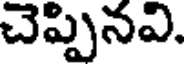
చెప్పినవి.